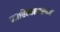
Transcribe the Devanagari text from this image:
साहित्यशास्त्रज्ञ